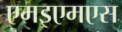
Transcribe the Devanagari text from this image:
एमइएमएस